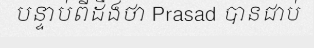
បន្ទាប់ពីដឹងថា Prasad បានជាប់